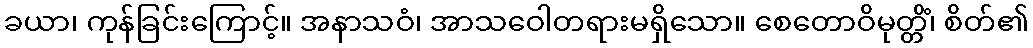
ခယာ၊ ကုန်ခြင်းကြောင့်။ အနာသဝံ၊ အာသဝေါတရားမရှိသော။ စေတောဝိမုတ္တိံ၊ စိတ်၏